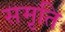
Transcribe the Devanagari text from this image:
सम़ृति